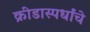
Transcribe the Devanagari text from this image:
क्रीडास्पर्धांचे